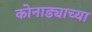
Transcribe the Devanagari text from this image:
कोनाड्याच्या